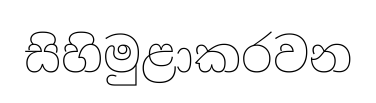
සිහිමුළාකරවන